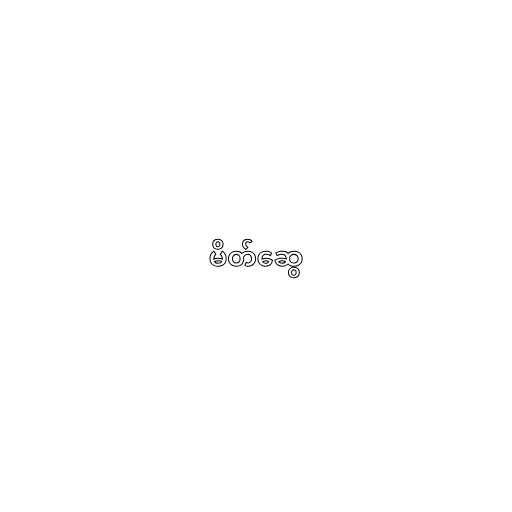
မိတ်ဆွေ